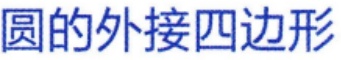
圆的外接四边形